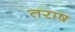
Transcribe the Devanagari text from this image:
तराष